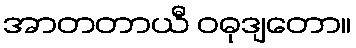
အာတတာယီ ဝဓုဒျတော။